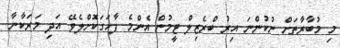
މި މުބާރާތަށް ނުކުންނަ އިރު ބްރެޒިލް ޓީމުން އެންމެ ފާހަގަކޮށްލެވޭ އަދި މަރަކާނާ